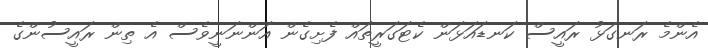
އެންމެ ރަނގަޅު ރައީސް ކަނޑައަޅަން ކެޓަގަރީތައް ފެށިގެން އަންނަނީވެސް އެ ތިން ރައީސުންގެ